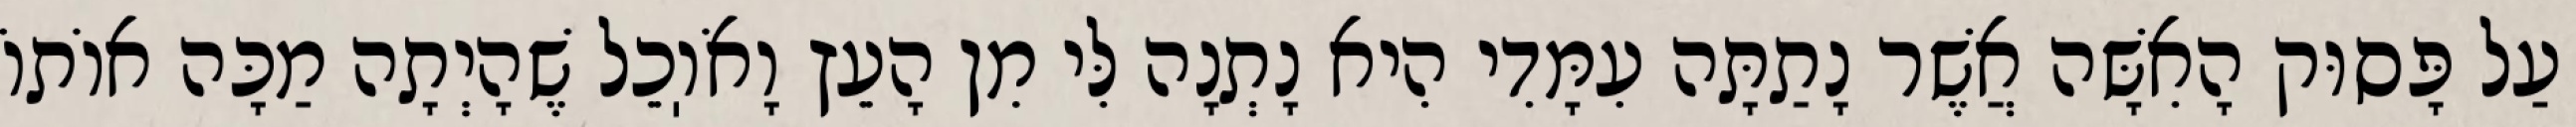
עַל פָּסוּק הָאִשָּׁה אֲשֶׁר נָתַתָּה עִמָּדִי הִיא נָתְנָה לִּי מִן הָעֵץ וָאֹוֽכֵל שֶׁהָיְתָה מַכָּה אוֹתוֹ